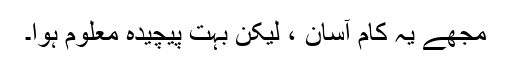
مجھے یہ کام آسان ، لیکن بہت پیچیدہ معلوم ہوا۔